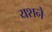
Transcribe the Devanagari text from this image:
यशने